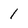
Character: 1